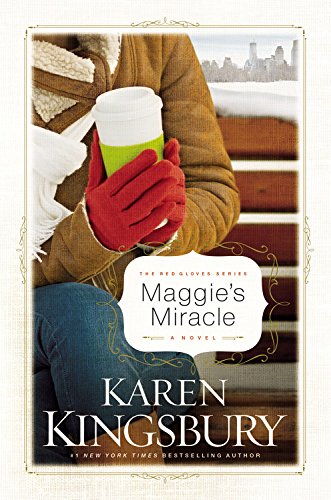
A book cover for Maggie's Miracle (The Red Gloves Collection #2); Karen Kingsbury; Romance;